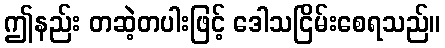
ဤနည်း တဆဲ့တပါးဖြင့် ဒေါသငြိမ်းစေရသည်။